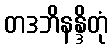
တဒဘိနန္ဒိတုံ